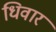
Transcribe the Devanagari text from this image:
धिवार